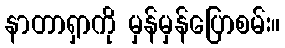
နာတာရှာကို မှန်မှန်ပြောစမ်း။